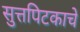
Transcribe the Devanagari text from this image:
सुत्तपिटकाचे